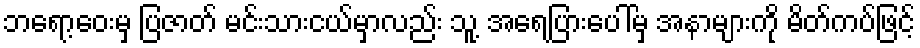
ဘရော့ဝေးမှ ပြဇာတ် မင်းသားငယ်မှာလည်း သူ့ အရေပြားပေါ်မှ အနာများကို မိတ်ကပ်ဖြင့်